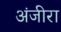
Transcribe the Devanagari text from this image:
अंजीरा